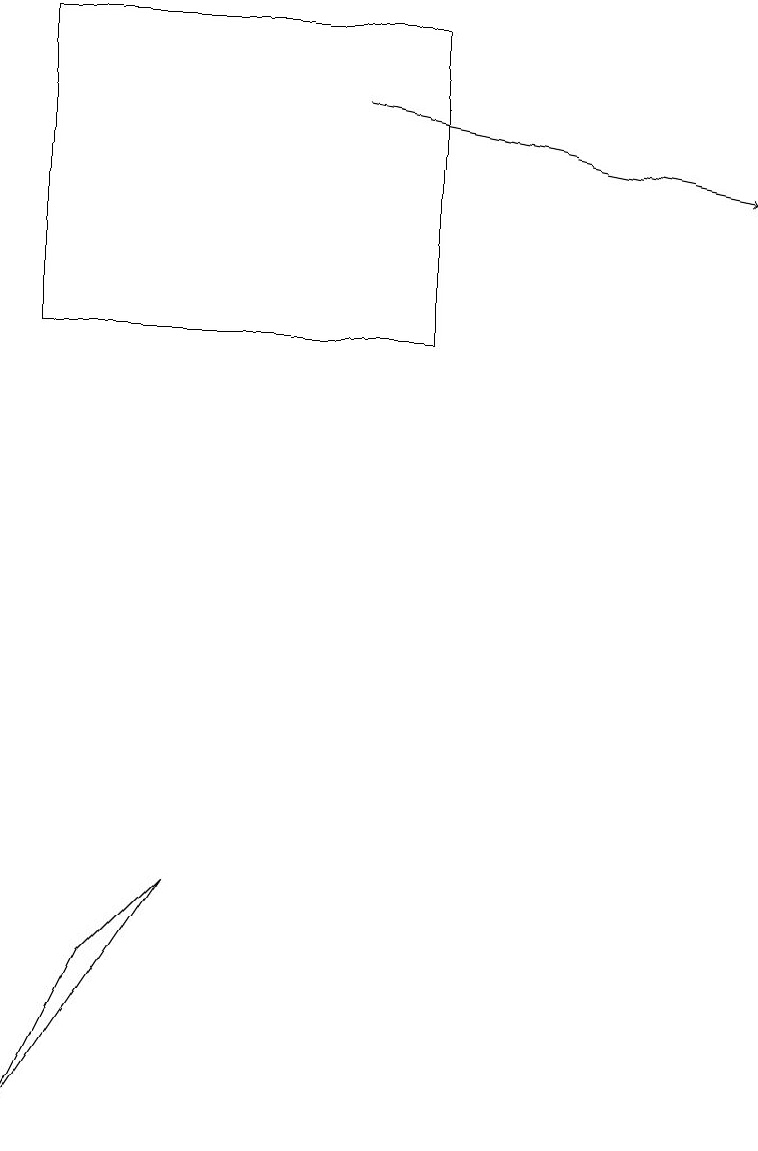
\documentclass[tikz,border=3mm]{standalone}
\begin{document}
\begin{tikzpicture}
\draw (2,7) -- (1,6) -- (0,4) -- cycle;
\draw (0,18) rectangle (5,14);
\draw[->] (4,17) -- (9,16);
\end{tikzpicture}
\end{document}